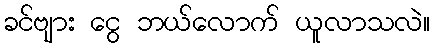
ခင်ဗျား ငွေ ဘယ်လောက် ယူလာသလဲ။